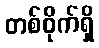
တစ်ဝိုက်ရှိ